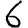
Digit: 6